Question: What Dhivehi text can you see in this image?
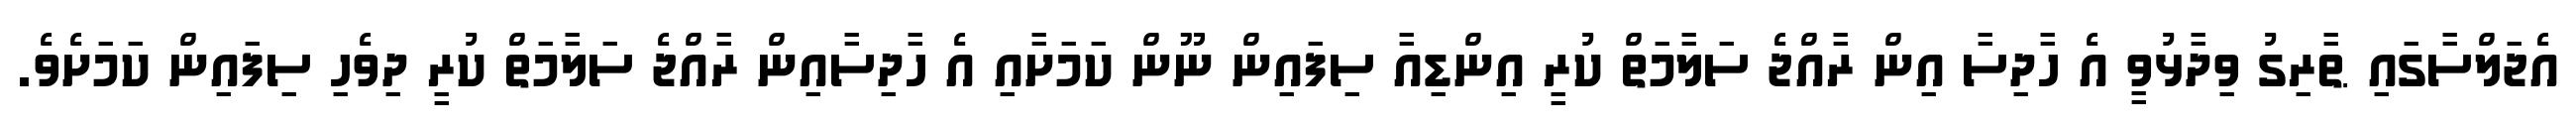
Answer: އެޖަލްސާގައި ޠާރިގު ވިދާޅުވީ އެ ހާދިސާ އިން ރާއްޖެ ސަލާމަތް ކުރީ އިންޑިއާ ސިފައިން ނޫން ކަމަށާއި އެ ހާދިސާއިން ރާއްޖެ ސަލާމަތް ކުރީ ދިވެހި ސިފައިން ކަމަށެވެ.